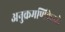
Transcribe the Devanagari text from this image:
अनुक्रमणिकेतले